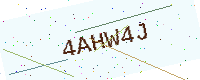
Text: 4AHW4J